Civil Veterinary Department. United Provinces 1932-42 - 1932-1942
Year: 1932
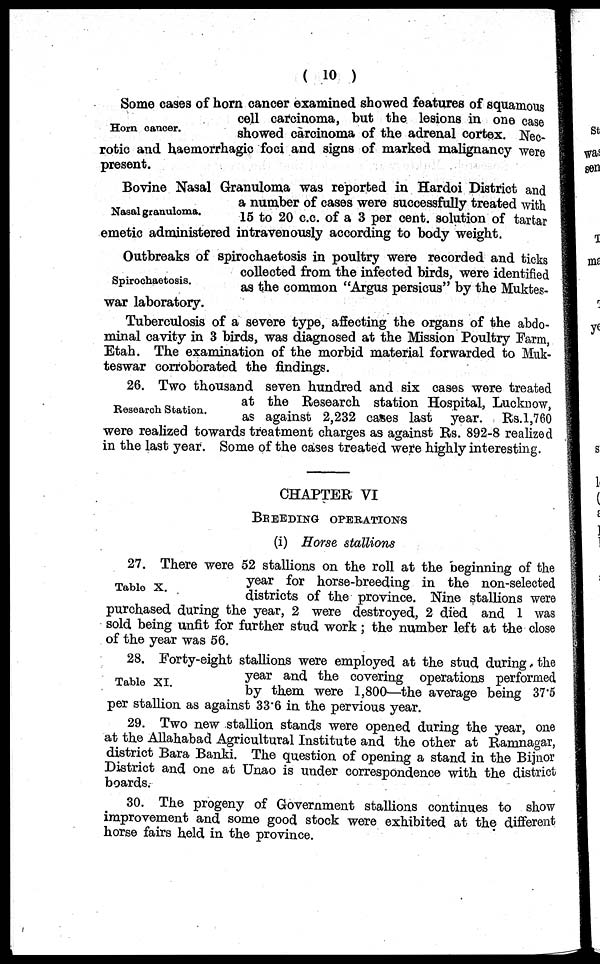
(10)
Horn cancer.
Some cases of horn cancer examined showed features of squamous
cell carcinoma, but the lesions in one case
showed carcinoma of the adrenal cortex. Nec-
rotic and haemorrhagic foci and signs of marked malignancy were
present.
Nasal granuloma.
Bovine Nasal Granuloma was reported in Hardoi District and
a number of cases were successfully treated with
15 to 20 c.c. of a 3 per cent. solution of tartar
emetic administered intravenously according to body weight.
Spirochaetosis.
Outbreaks of spirochaetosis in poultry were recorded and ticks
collected from the infected birds, were identified
as the common "Argus persicus" by the Muktes-
war laboratory.
Tuberculosis of a severe type, affecting the organs of the abdo-
minal cavity in 3 birds, was diagnosed at the Mission Poultry Farm,
Etah. The examination of the morbid material forwarded to Muk-
teswar corroborated the findings.
Research Station.
26. Two thousand seven hundred and six cases were treated
at the Research station Hospital, Lucknow,
as against 2,232 cases last year. Rs.1,760
were realized towards treatment charges as against Rs. 892-8 realized
in the last year. Some of the cases treated were highly interesting.
CHAPTER VI
BREEDING OPERATIONS
(i) Horse stallions
Table X.
27. There were 52 stallions on the roll at the beginning of the
year for horse-breeding in the non-selected
districts of the province. Nine stallions were
purchased during the year, 2 were destroyed, 2 died and 1 was
sold being unfit for further stud work; the number left at the close
of the year was 56.
Table XI.
28. Forty-eight stallions were employed at the stud during the
year and the covering operations performed
by them were 1,800—the average being 37.5
per stallion as against 33.6 in the pervious year.
29. Two new stallion stands were opened during the year, one
at the Allahabad Agricultural Institute and the other at Ramnagar,
district Bara Banki. The question of opening a stand in the Bijnor
District and one at Unao is under correspondence with the district
boards.
30. The progeny of Government stallions continues to show
improvement and some good stock were exhibited at the different
horse fairs held in the province.